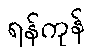
ရန်ကုန်